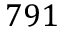
7 9 1